Vaccine operations Central Provinces 1886-1899 - 1886-1899
Year: 1886
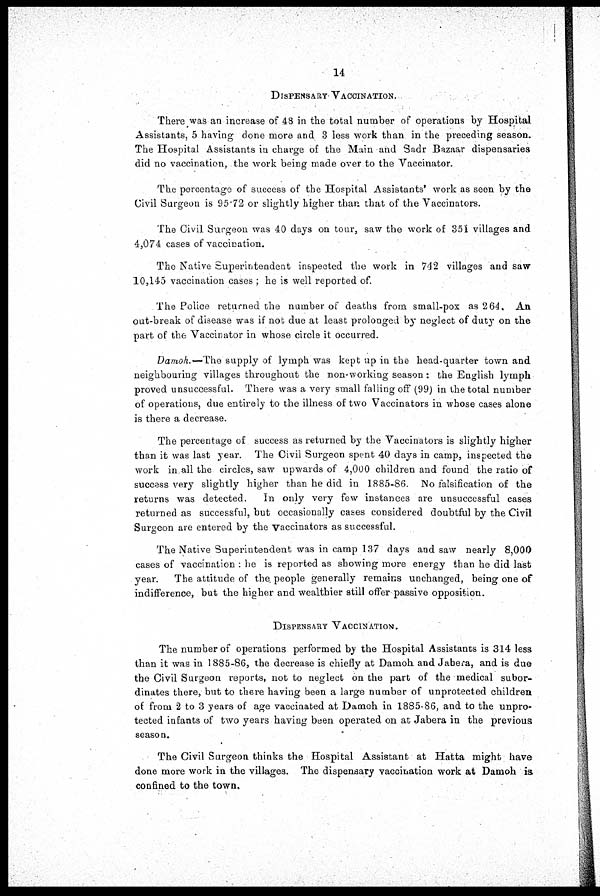
14
DISPENSARY VACCINATION.
There was an increase of 48 in the total number of operations by Hospital
Assistants, 5 having done more and 3 less work than in the preceding season.
The Hospital Assistants in charge of the Main and Sadr Bazaar dispensaries
did no vaccination, the work being made over to the Vaccinator.
The percentage of success of the Hospital Assistants' work as seen by the
Civil Surgeon is 95.72 or slightly higher than that of the Vaccinators.
The Civil Surgeon was 40 days on tour, saw the work of 351 villages and
4,074 cases of vaccination.
The Native Superintendent inspected the work in 742 villages and saw
10,145 vaccination cases ; he is well reported of.
The Police returned the number of deaths from small-pox as 264, An
out-break of disease was if not due at least prolonged by neglect of duty on the
part of the Vaccinator in whose circle it occurred.
Damoh.— The supply of lymph was kept up in the head-quarter town and
neighbouring villages throughout the non-working season : the English lymph
proved unsuccessful. There was a very small falling off (99) in the total number
of operations, due entirely to the illness of two Vaccinators in whose cases alone
is there a decrease.
The percentage of success as returned by the Vaccinators is slightly higher
than it was last year. The Civil Surgeon spent 40 days in camp, inspected the
work in all the circles, saw upwards of 4,000 children and found the ratio of
success very slightly higher than he did in 1885-86. No falsification of the
returns was detected.
In only very few instances are unsuccessful cases
returned as successful, but occasionally cases considered doubtful by the Civil
Surgeon are entered by the vaccinators as successful.
The Native Superintendent was in camp 137 days and saw nearly 8,000
cases of vaccination : he is reported as showing more energy than he did last
year. The attitude of the. people generally remains unchanged, being one of
indifference, but the higher and wealthier still offer passive opposition.
DISPENSARY VACCINATION.
The number of operations performed by the Hospital Assistants is 314 less
than it was in 1885-86, the decrease is chiefly at Damoh and Jabera, and is due
the Civil Surgeon reports, not to neglect on the part of the medical subor-
dinates there, but to there having been a large number of unprotected children
of from 2 to 3 years of age vaccinated at Damoh in 1885-86, and to the unpro-
tected infants of two years having been operated on at Jabera in the previous
season.
The Civil Surgeon thinks the Hospital Assistant at Hatta might have
done more work in the villages. The dispensary vaccination work at Damoh is
confined to the town.